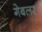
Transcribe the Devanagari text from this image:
गेबलर